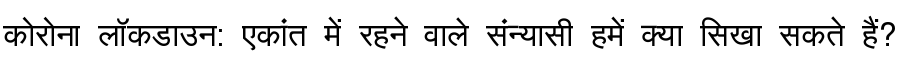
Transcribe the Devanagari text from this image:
कोरोना लॉकडाउन: एकांत में रहने वाले संन्यासी हमें क्या सिखा सकते हैं?